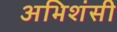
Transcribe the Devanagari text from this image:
अभिशंसी